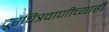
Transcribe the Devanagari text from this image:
दूरचित्रवाणीच्याही